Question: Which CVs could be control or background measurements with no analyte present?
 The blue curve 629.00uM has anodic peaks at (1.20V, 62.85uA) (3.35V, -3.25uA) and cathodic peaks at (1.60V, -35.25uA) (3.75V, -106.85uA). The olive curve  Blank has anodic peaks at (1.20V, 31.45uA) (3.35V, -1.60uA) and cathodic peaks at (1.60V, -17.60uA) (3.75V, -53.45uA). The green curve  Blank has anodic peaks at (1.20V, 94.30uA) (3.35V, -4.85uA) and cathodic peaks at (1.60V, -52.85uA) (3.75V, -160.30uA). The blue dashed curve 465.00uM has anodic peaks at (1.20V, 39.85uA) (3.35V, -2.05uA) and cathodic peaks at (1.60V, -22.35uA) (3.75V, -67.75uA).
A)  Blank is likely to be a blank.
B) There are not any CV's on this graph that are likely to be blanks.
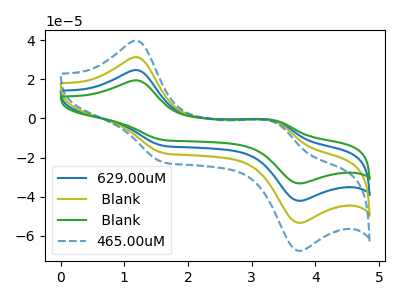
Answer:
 <answer>B) There are not any CV's on this graph that are likely to be blanks.</answer>
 <eval>B</eval>